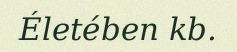
Életében kb.